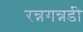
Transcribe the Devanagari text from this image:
रन्नगन्नडी